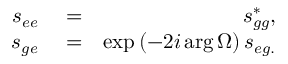
\begin{array} { r l r } { s _ { e e } } & { { } = } & { s _ { g g } ^ { \ast } , } \\ { s _ { g e } } & { { } = } & { \exp \left( - 2 i \arg \Omega \right) s _ { e g . } } \end{array}